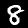
Label: 8